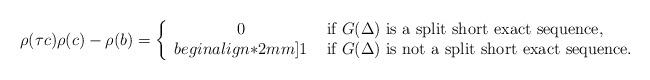
LaTeX: \begin{align*} \rho( \tau c )\rho( c ) - \rho( b ) = \left\{ \begin{array}{cl} 0 & \mbox{ if $G( \Delta )$ is a split short exact sequence, } \\begin{align*}2mm] 1 & \mbox{ if $G( \Delta )$ is not a split short exact sequence. } \end{array} \right.\end{align*}